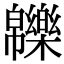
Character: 𤾾